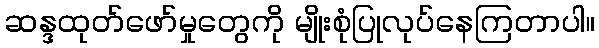
ဆန္ဒထုတ်ဖော်မှုတွေကို မျိုးစုံပြုလုပ်နေကြတာပါ။